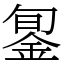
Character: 銞